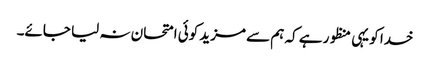
خدا کو یہی منظور ہے کہ ہم سے مزید کوئی امتحان نہ لیا جائے۔